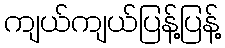
ကျယ်ကျယ်ပြန့်ပြန့်